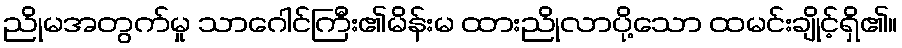
ညိုမအတွက်မှု သာဂေါင်ကြီး၏မိန်းမ ထားညိုလာပို့သော ထမင်းချိုင့်ရှိ၏။